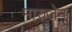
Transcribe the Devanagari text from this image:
मारुजेन